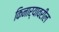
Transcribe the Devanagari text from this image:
किनार्यावरील